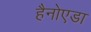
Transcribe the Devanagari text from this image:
हैनोएडा